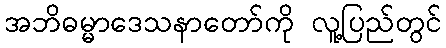
အဘိဓမ္မာဒေသနာတော်ကို လူ့ပြည်တွင်